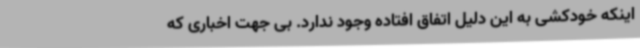
اینکه خودکشی به این دلیل اتفاق افتاده وجود ندارد. بی جهت اخباری که